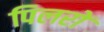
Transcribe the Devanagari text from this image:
पिलरों